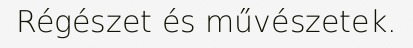
Régészet és művészetek.